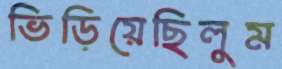
ভিড়িয়েছিলুম